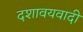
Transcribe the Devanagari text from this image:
दशावयवादी